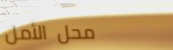
محل الأمل